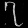
Digit: ၇